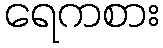
ရေကစား